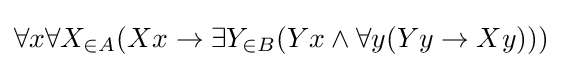
\forall x\forall X_{\in A}(Xx\rightarrow \exists Y_{\in B}(Yx\land \forall y(Yy\rightarrow Xy)))